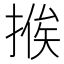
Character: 𢰇